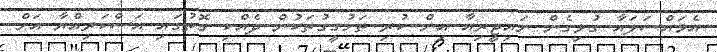
އެމައްސަލައާ ގުޅިގެން ނައިޖީރިއާ އިން ކުރި ތަހުގީގުތަކުން ދެއްކި ގޮތުގައި އަސްކަރިއްޔާ އަށް